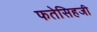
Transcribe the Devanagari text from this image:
फतेसिहजी